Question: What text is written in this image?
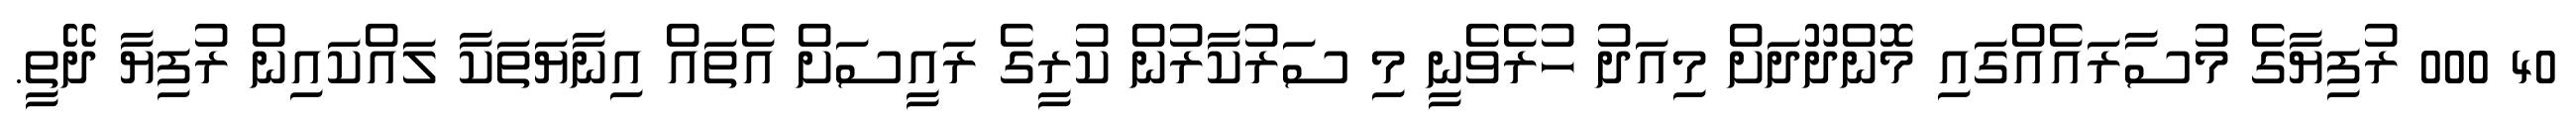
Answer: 40 000 ރުފިޔާގެ މުސާރައެއްގައި މޮންދޫދަށް މިއަދު ހުރެވެނީ މި ސަރުކާރުން ކުރީގެ ރައީސަށް އެތައް އިނާޔަތަކާ ލައްކައިން ރުފިޔާ ދޭތީ.